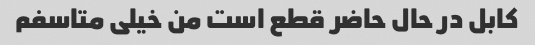
کابل در حال حاضر قطع است من خیلی متاسفم